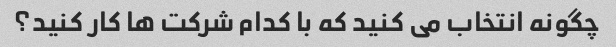
چگونه انتخاب می کنید که با کدام شرکت ها کار کنید؟